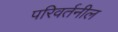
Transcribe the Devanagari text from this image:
परिवर्तनील